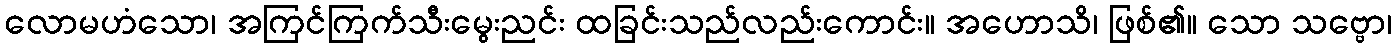
လောမဟံသော၊ အကြင်ကြက်သီးမွေးညင်း ထခြင်းသည်လည်းကောင်း။ အဟောသိ၊ ဖြစ်၏။ သော သဗ္ဗော၊